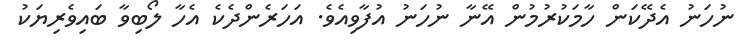
ނުހަނު އެދޭކަން ހާމަކުރުމުން އޭނާ ނުހަނު އުފާވިއެވެ. އަހަރެންދެކެ އެހާ ލޯބިވާ ބައިވެރިޔަކު